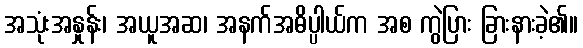
အသုံးအနှုန်း၊ အယူအဆ၊ အနက်အဓိပ္ပါယ်က အစ ကွဲပြား ခြားနားခဲ့၏။